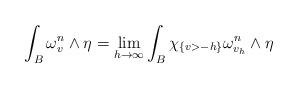
LaTeX: \begin{align*}\int_B \omega^n_v\wedge \eta=\lim_{h\rightarrow \infty}\int_B \chi_{\{v>-h\}}\omega^n_{v_{h}}\wedge \eta\end{align*}